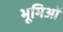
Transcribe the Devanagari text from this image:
भूमिओं